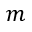
m